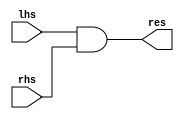
`timescale 1ns / 1ps
//////////////////////////////////////////////////////////////////////////////////
// Company: 
// Engineer: 
// 
// Design Name: 
// Module Name: AND
// Project Name: 
// Target Devices: 
// Tool Versions: 
// Description: 
// 
// Dependencies: 
// 
// Revision:
// Revision 0.01 - File Created
// Additional Comments:
// 
//////////////////////////////////////////////////////////////////////////////////


module AND(
	input [31:0] lhs,rhs,
	output [31:0] res
    );
	assign res=lhs&rhs;
endmodule